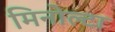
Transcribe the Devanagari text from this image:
मिनोल्टा